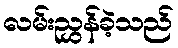
လမ်းညွှန်ခဲ့သည်